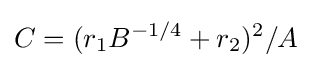
C=(r_{1}B^{-1/4}+r_{2})^{2}/A